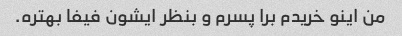
من اینو خریدم برا پسرم و بنظر ایشون فیفا بهتره.